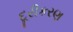
દૂરીકરણ